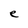
Character: e